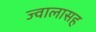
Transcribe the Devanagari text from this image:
ज्वालासह